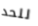
للحد